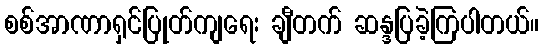
စစ်အာဏာရှင်ပြုတ်ကျရေး ချီတက် ဆန္ဒပြခဲ့ကြပါတယ်။